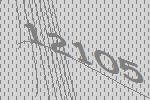
12105